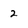
Character: 2